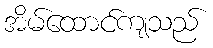
အိမ်ထောင်ကျသည်